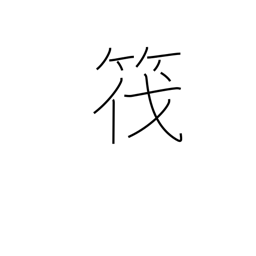
Meaning: raft